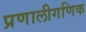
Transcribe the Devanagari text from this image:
प्रणालीगणिक